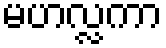
မဟလ္လကာ